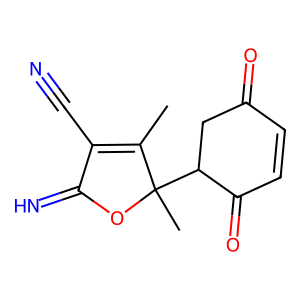
SMILES: CC1=C(C#N)C(=N)OC1(C)C1CC(=O)C=CC1=O
Inhibits HIV replication: No